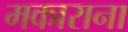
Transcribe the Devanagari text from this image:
मकाराना